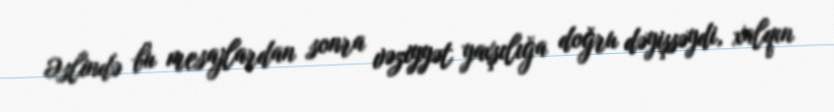
Əslində bu mesajlardan sonra vəziyyət yaxşılığa doğru dəyişsəydi, xalqın